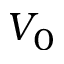
V _ { 0 }